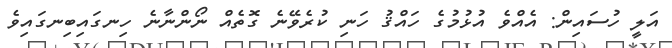
އަލީ ހުސައިން: އެއްވެ އުޅުމުގެ ހައްޤު ހަނި ކުރެވޭނެ ގޮތެއް ނޯންނާނެ ހިނގައިބިނގައިވެ